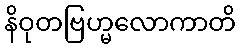
နိဝုတဗြဟ္မလောကာတိ